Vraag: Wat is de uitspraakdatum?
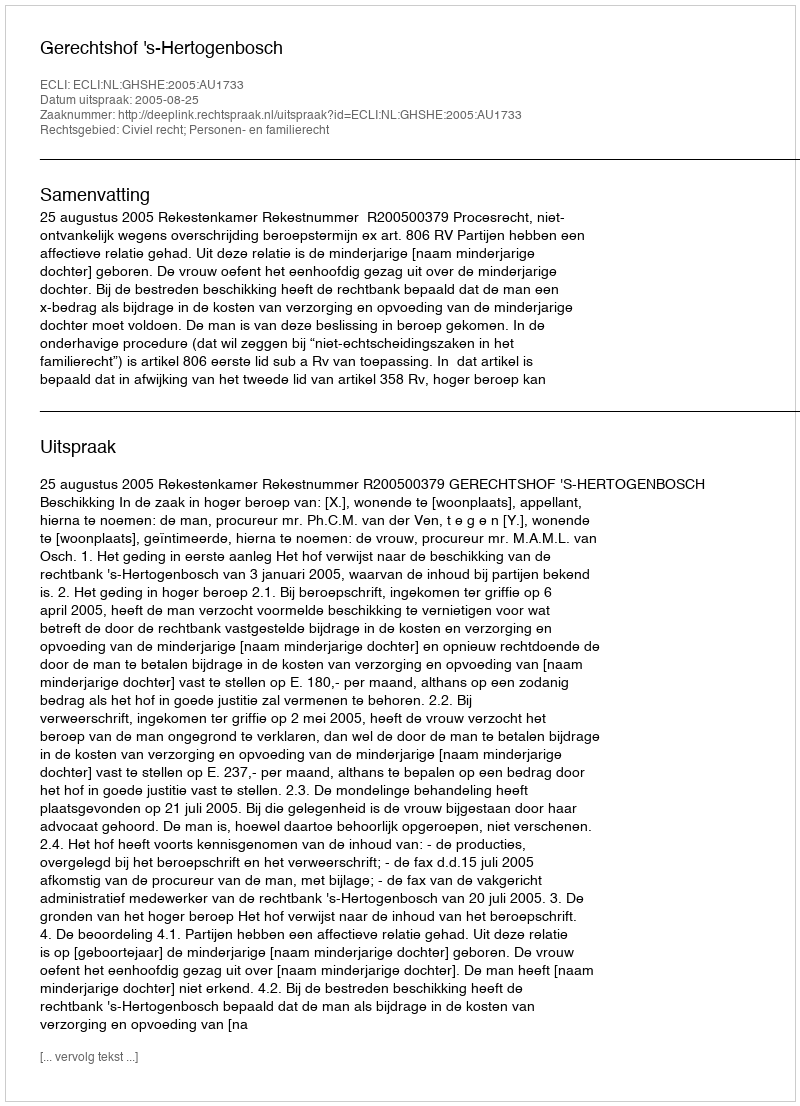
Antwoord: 2005-08-25